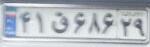
۴۱ق۶۸۶۲۹